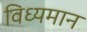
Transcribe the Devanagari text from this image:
विध्‍यमान